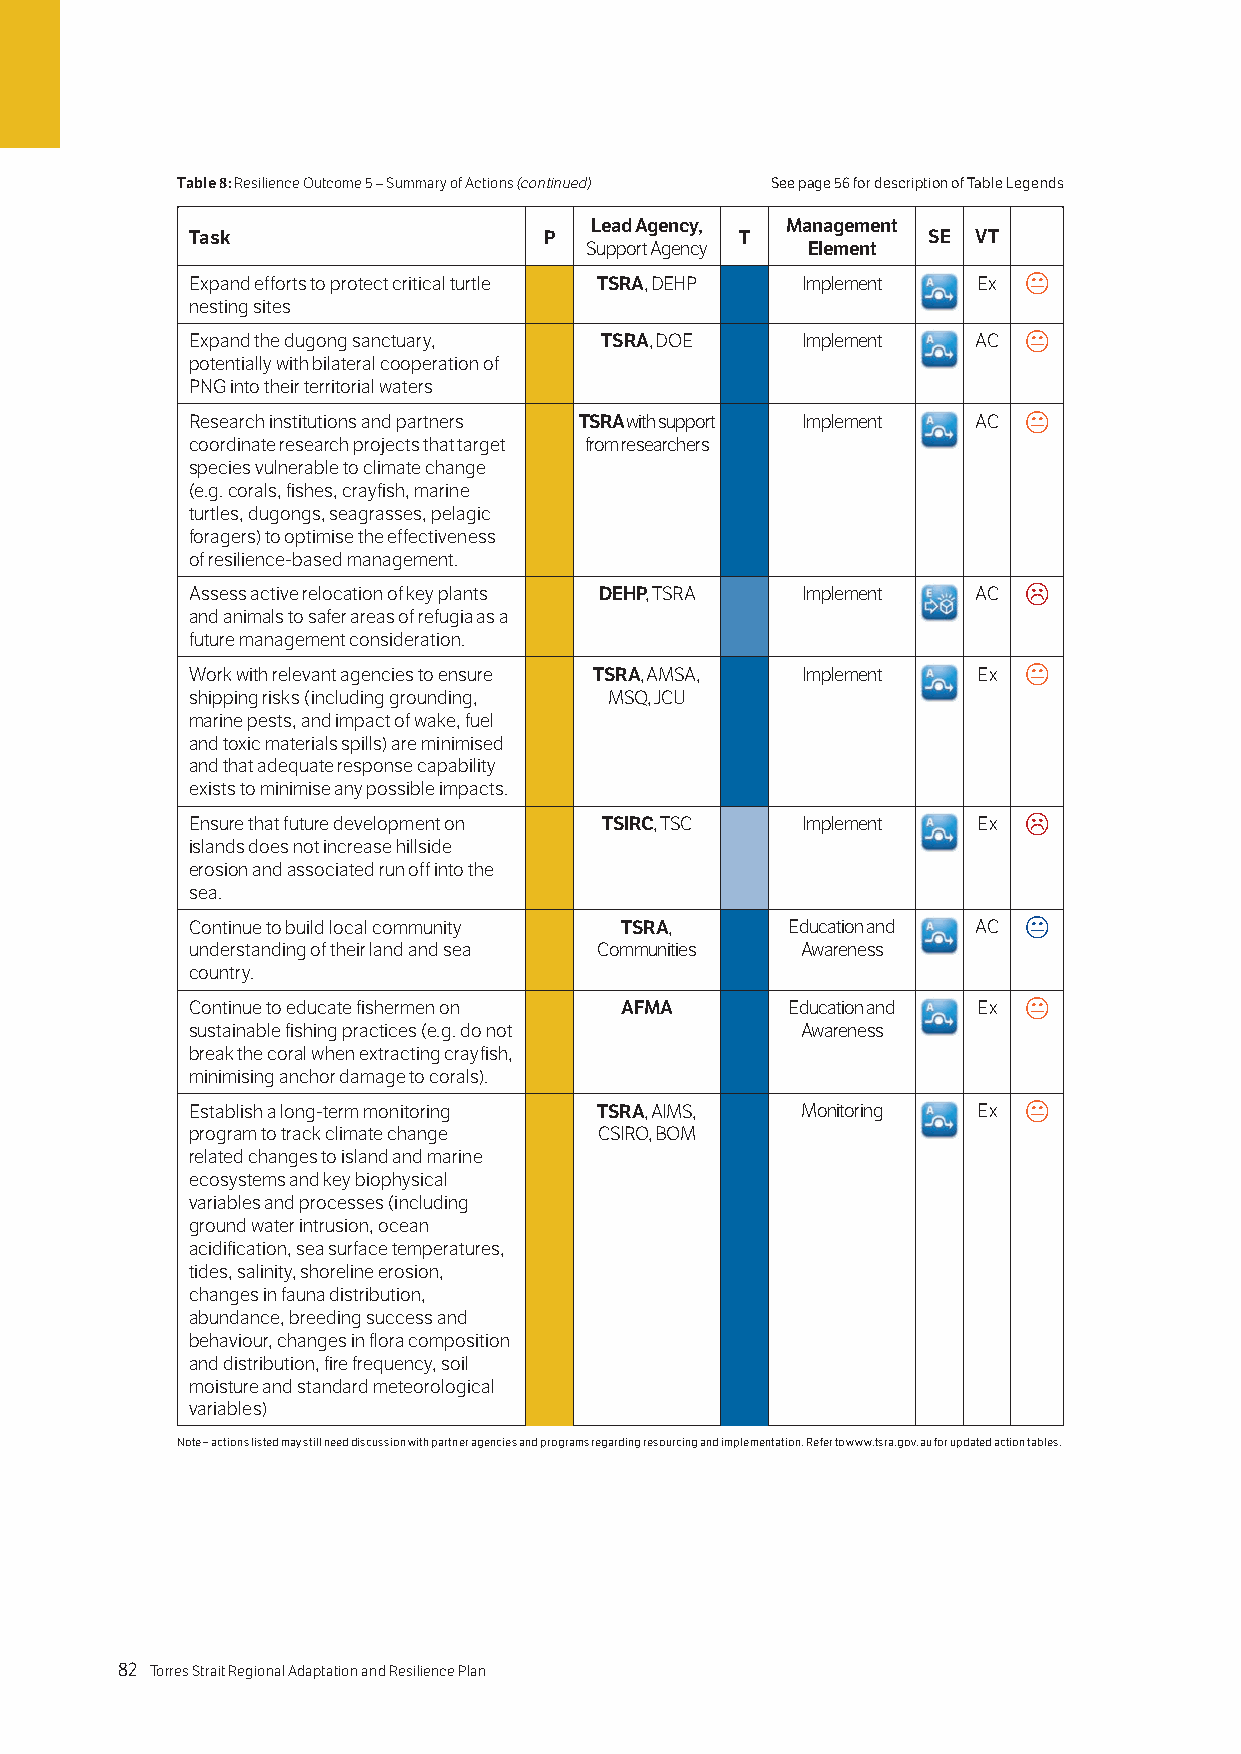
Table 8: Resilience Outcome 5 – Summary of Actions (continued) See page 56 for description of Table Legends
 Lead Agency, Management
 Task                   P            T           SE VT
 Support Agency Element
 Expand efforts to protect critical turtle TSRA, DEHP Implement Ex 
 nesting sites
 Expand the dugong sanctuary, TSRA, DOE  Implement   AC 
 potentially with bilateral cooperation of
 PNG into their territorial waters
 Research institutions and partners TSRA with support Implement AC 
 coordinate research projects that target from researchers
 species vulnerable to climate change
 (e.g. corals, fishes, crayfish, marine
 turtles, dugongs, seagrasses, pelagic
 foragers) to optimise the effectiveness
 of resilience-based management.
 Assess active relocation of key plants DEHP, TSRA Implement AC 
 and animals to safer areas of refugia as a
 future management consideration.
 Work with relevant agencies to ensure TSRA, AMSA, Implement Ex 
 shipping risks (including grounding, MSQ, JCU
 marine pests, and impact of wake, fuel
 and toxic materials spills) are minimised
 and that adequate response capability
 exists to minimise any possible impacts.
 Ensure that future development on TSIRC, TSC Implement Ex 
 islands does not increase hillside
 erosion and associated run off into the
 sea.
 Continue to build local community TSRA, Education and AC 
 understanding of their land and sea Communities Awareness
 country.
 Continue to educate fishermen on AFMA  Education and Ex 
 sustainable fishing practices (e.g. do not Awareness
 break the coral when extracting crayfish,
 minimising anchor damage to corals).
 Establish a long-term monitoring TSRA, AIMS, Monitoring Ex 
 program to track climate change CSIRO, BOM
 related changes to island and marine
 ecosystems and key biophysical
 variables and processes (including
 ground water intrusion, ocean
 acidification, sea surface temperatures,
 tides, salinity, shoreline erosion,
 changes in fauna distribution,
 abundance, breeding success and
 behaviour, changes in flora composition
 and distribution, fire frequency, soil
 moisture and standard meteorological
 variables)
 Note – actions listed may still need discussion with partner agencies and programs regarding resourcing and implementation. Refer to www.tsra.gov.au for updated action tables.
 82 Torres Strait Regional Adaptation and Resilience Plan